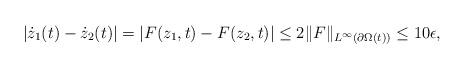
LaTeX: \begin{align*}|\dot{z}_1(t)-\dot{z}_2(t)|=|F(z_1,t)-F(z_2,t)|\leq 2\|F\|_{L^{\infty}(\partial \Omega(t))}\leq 10\epsilon,\end{align*}